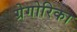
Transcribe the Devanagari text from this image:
ग्रेगोरिका